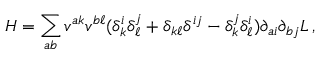
H = \sum _ { a b } v ^ { a k } v ^ { b \ell } ( \delta _ { k } ^ { i } \delta _ { \ell } ^ { j } + \delta _ { k \ell } \delta ^ { i j } - \delta _ { k } ^ { j } \delta _ { \ell } ^ { i } ) \partial _ { a i } \partial _ { b j } L \, ,